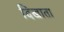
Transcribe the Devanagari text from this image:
दिखाता